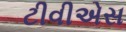
ટીવીએસ